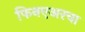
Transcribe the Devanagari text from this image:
फिनएअरचा